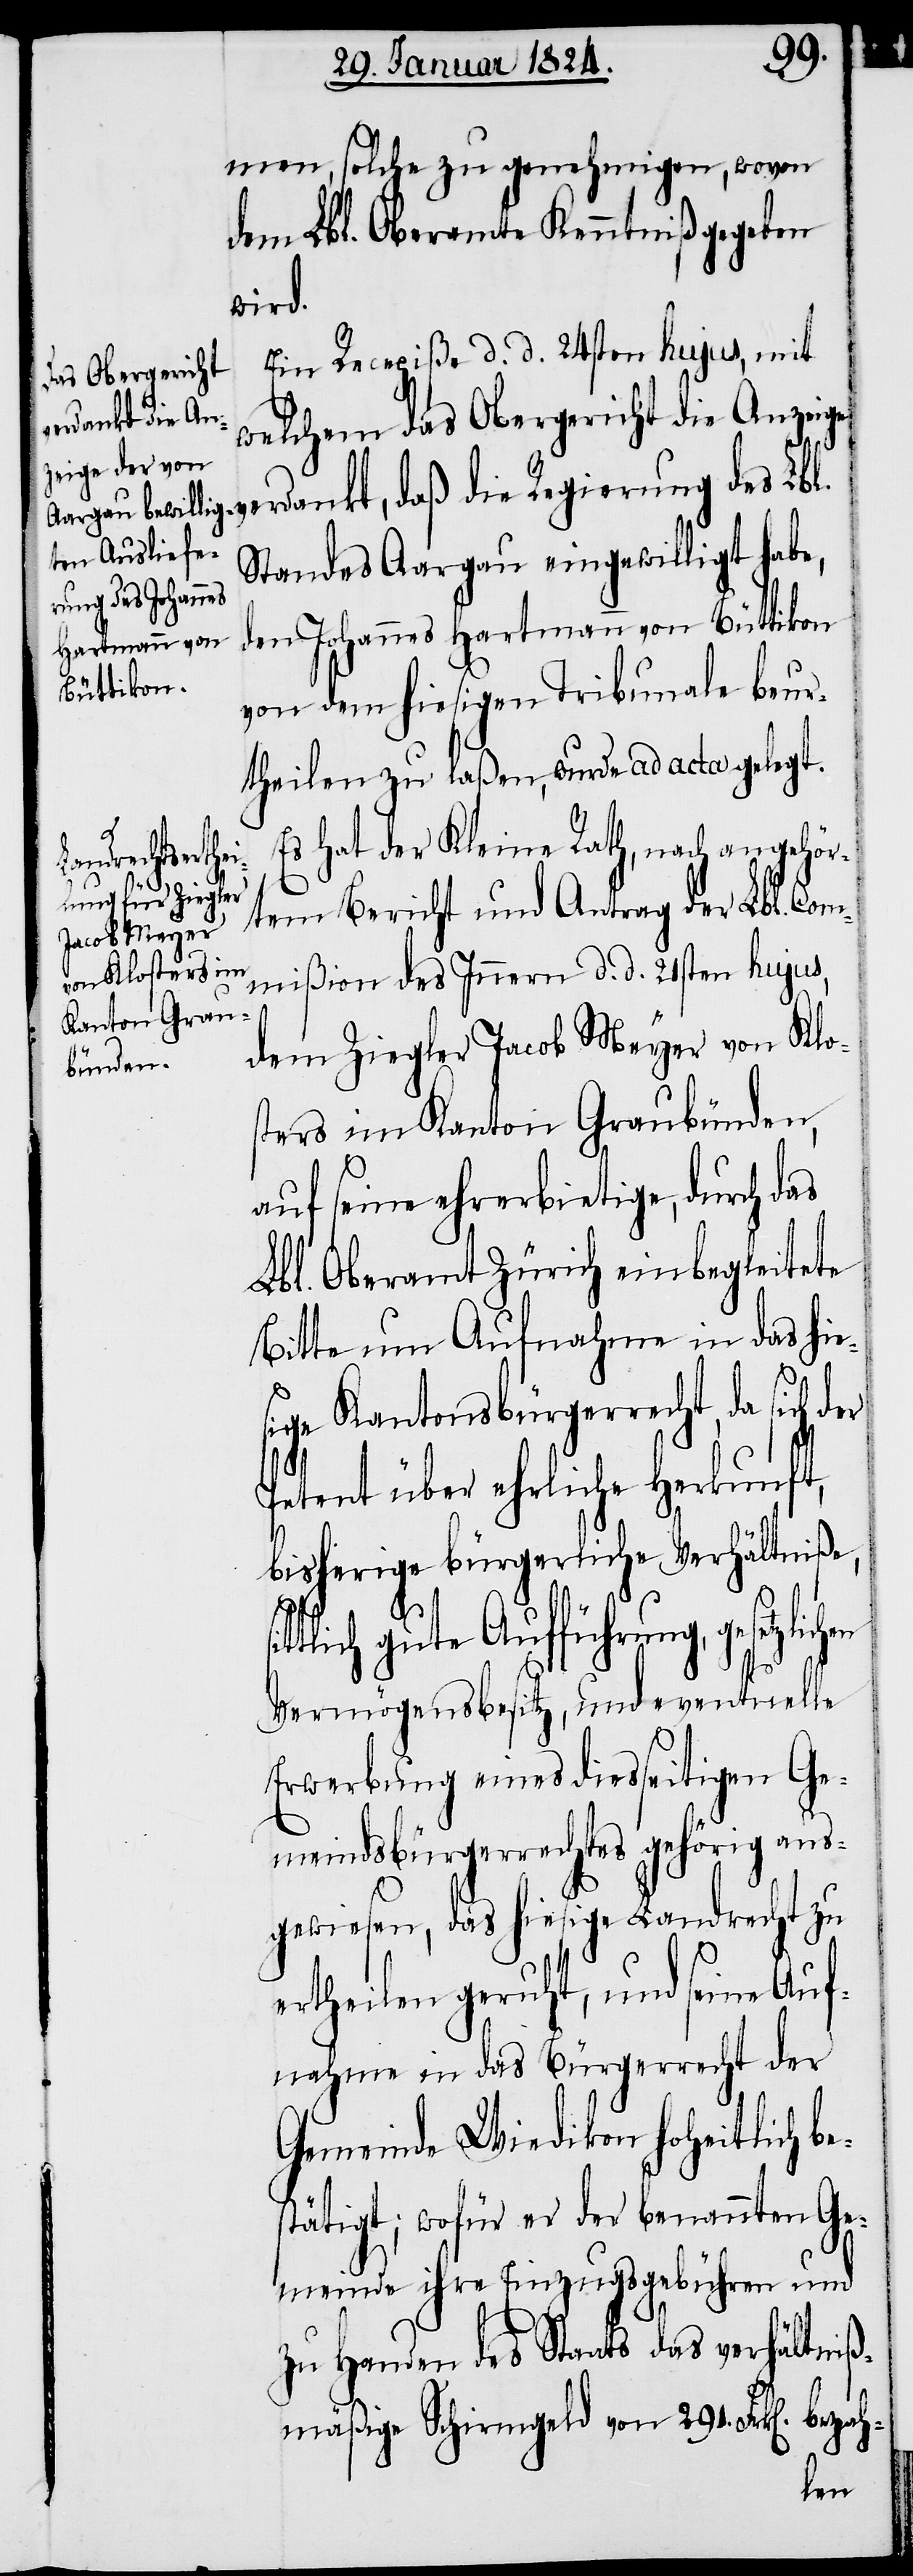
ic¬
men, solche zu genehmigen, wovon
dem Lbl. Oberamte Kenntniß gegeben
wird.
Ein Recepiße d. d. 24sten hujus, mit
welchem das Obergericht die Anzeige
erdankt, daß die Regierung des Lbl.
Standes Aargau eingewilligt habe,
den Johannes Hartmann von Nüttikon
von dem hiesigen Tribunale beur¬
theilen zu laßen, wurde ad acta gelegt.
Es hat der Kleine Rath, nach angehör¬
tem Bericht und Antrag der Lbl. Com¬
mißion des Innern d. d. 21sten hujus,
dem Ziegler Jacob Meyer von Klo¬
sters im Kanton Graubünden,
auf seine ehrerbietige, durch das
Lbl. Oberamt Zürich einbegleitete
Bitte um Aufnahme in das hie¬
sige Kantonsbürgerrecht, da sich
Petent über ehrliche Herkunft,
bisherige bürgerliche Verhältniße,
tlich gute Aufführung, gesetzl¬
Vermögensbesitz, und eventuelle
Erwerbung eines diesseitigen Ge¬
meindsbürgerrechtes gehörig aus¬
gewiesen, das hiesige Landrecht zu
ertheilen geruht, und seine Auf¬
nahme in das Bürgerrecht der
Gemeinde Wiedikon hoheitlich b¬
stätigt; wofür er der benannten Ge¬
meinde ihre Einzugsgebühren und
zu Handen des Staats das verhältniß¬
mäßige Schirmgeld von 191. Frk[en].
e¬